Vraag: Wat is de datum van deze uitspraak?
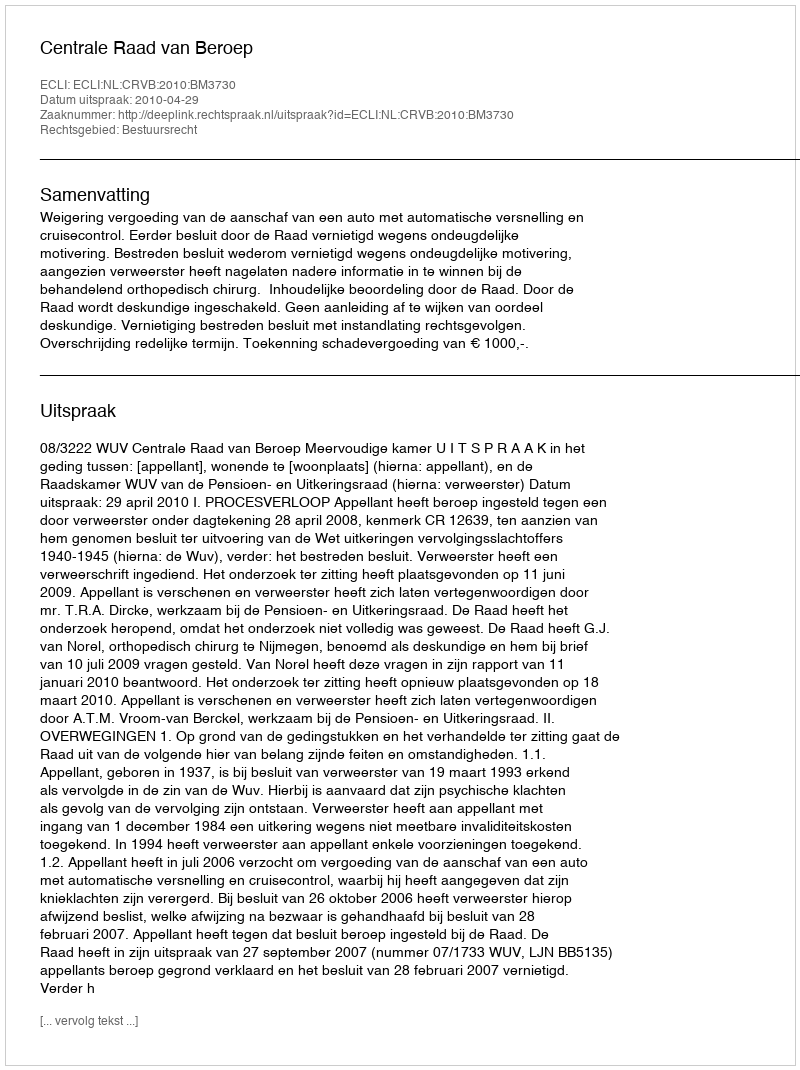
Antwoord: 2010-04-29